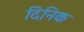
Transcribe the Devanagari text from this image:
दिनिक